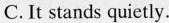
C.It stands quietly.